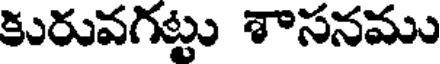
కురువగట్టు శాసనము